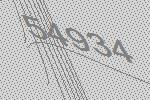
54934